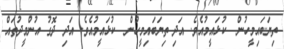
ތިޔަބައިމީހުން  ކުޅައީމުއެވެ. އަދި ތިޔަބައިމީހުން  ކުޅައީމުއެވެ. އަދި ދޮގު އުންމީދުތައް